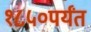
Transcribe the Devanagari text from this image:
१८५०पर्यंत